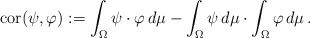
LaTeX: \begin{align*}\mathrm{cor} (\psi, \varphi) := \int_{\Omega} \psi \cdot \varphi \, d \mu - \int_{\Omega} \psi \, d \mu \cdot \int_{\Omega} \varphi \, d \mu\, .\end{align*}